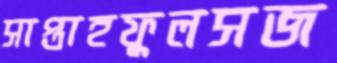
সাপ্তাহফুলসজ